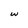
Character: w